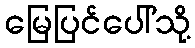
မြေပြင်ပေါ်သို့